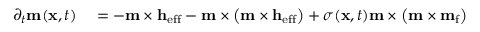
\begin{array} { r l } { \partial _ { t } { \bf m } ( { \bf x } , t ) } & { { } = - { \bf m } \times { \bf h } _ { \mathrm { e f f } } - { \bf m } \times \left( { \bf m } \times { \bf h } _ { \mathrm { e f f } } \right) + \sigma ( { \bf x } , t ) { \bf m } \times \left( { \bf m } \times { \bf m } _ { \mathrm { f } } \right) } \end{array}